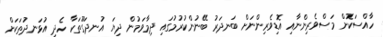
ހާއްސަކޮށް މަސްވެރިންނާއި އޮޑިވެރިންނަށް ބަނދަރު ބޭނުންކުރުމުގައި ދިމާވަމުން ދިޔަ އުނދަގޫތަކާ ހެދި އުޅަނދުތަކަށް